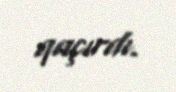
qaçırdı.